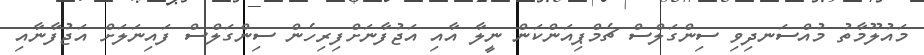
މައުލޫމާތު މުއްސަނދިވި ސިންގަލްސް ޗެމްޕިއަންކަން ނީލާ އާއި އަޖުފާނަށްފިރިހެން ސިންގަލްސް ފައިނަލަށް އަޖުފާނާއި